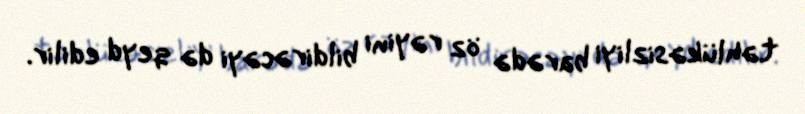
təhlükəsizliyi barədə öz rəyini bildirəcəyi də qeyd edilir.